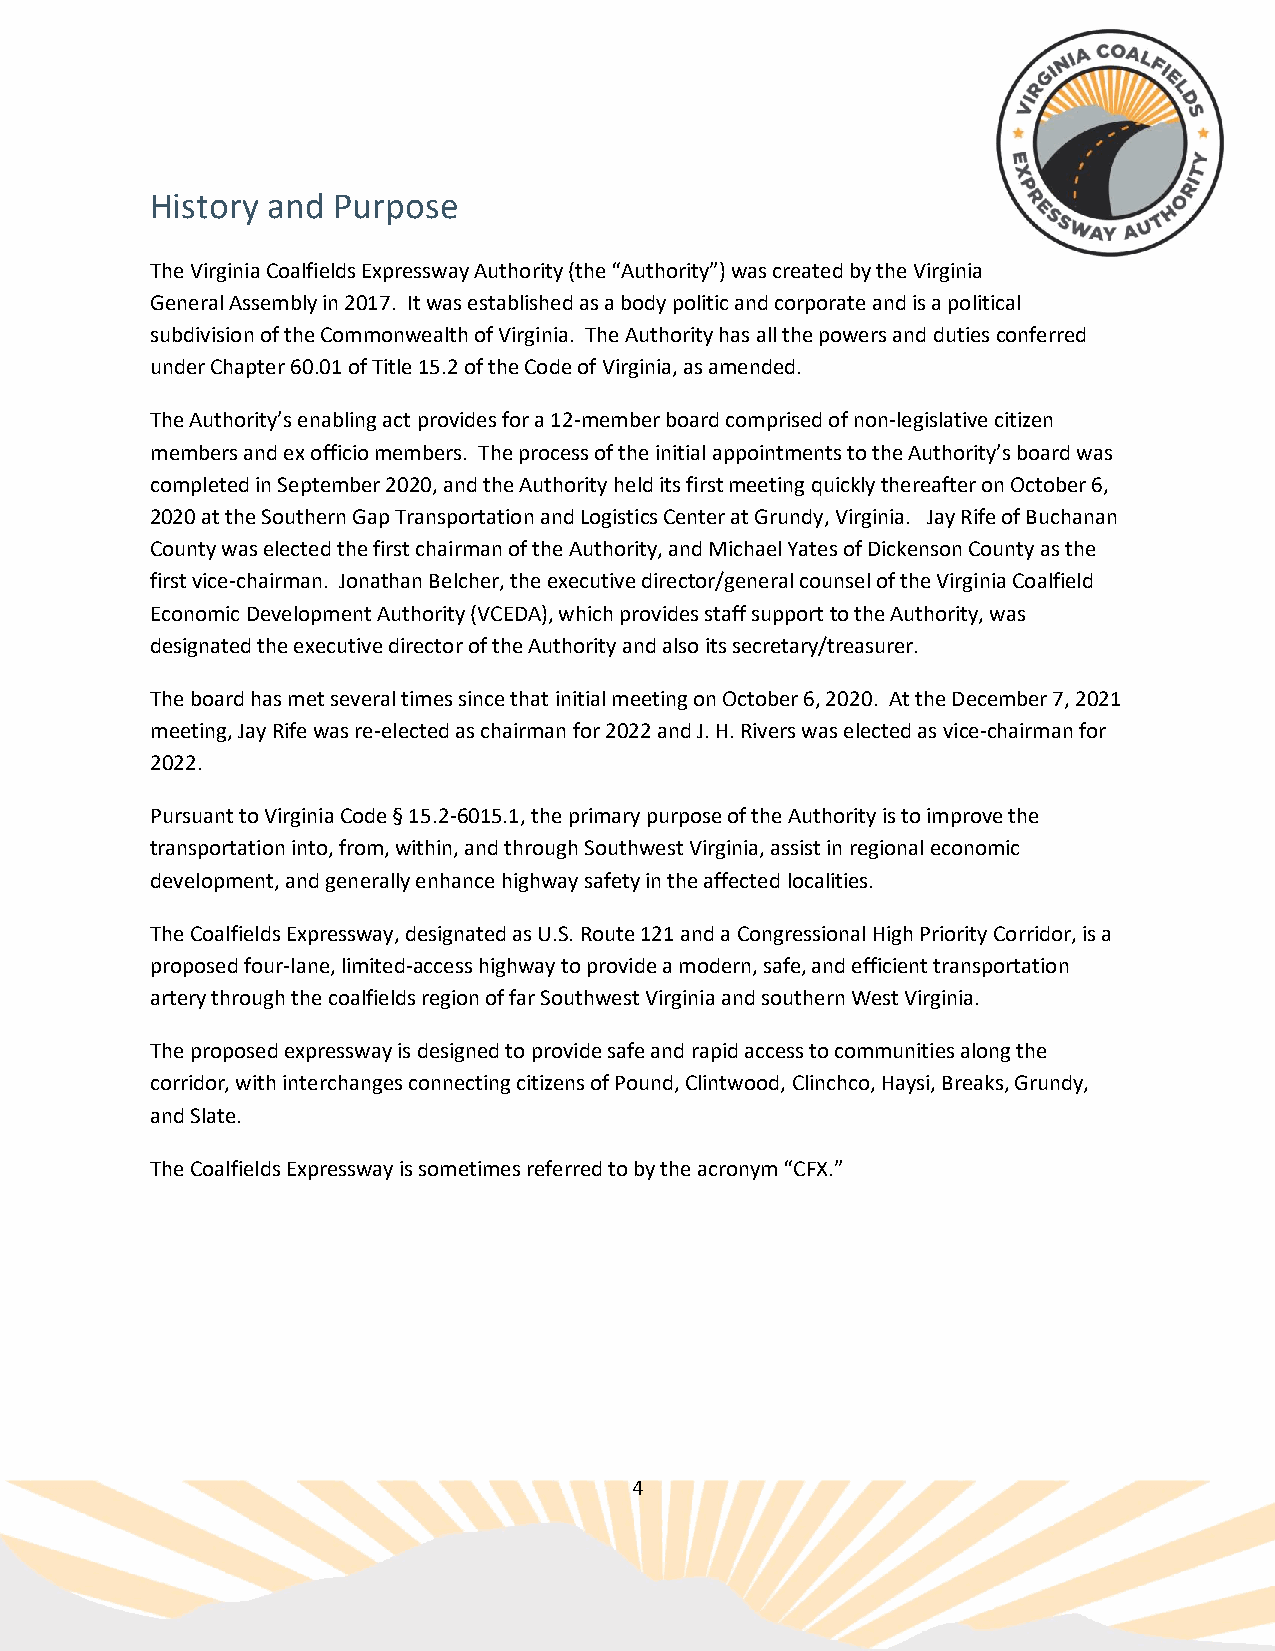
History and Purpose
 The Virginia Coalfields Expressway Authority (the “Authority”) was created by the Virginia
 General Assembly in 2017. It was established as a body politic and corporate and is a political
 subdivision of the Commonwealth of Virginia. The Authority has all the powers and duties conferred
 under Chapter 60.01 of Title 15.2 of the Code of Virginia, as amended.
 The Authority’s enabling act provides for a 12-member board comprised of non-legislative citizen
 members and ex officio members. The process of the initial appointments to the Authority’s board was
 completed in September 2020, and the Authority held its first meeting quickly thereafter on October 6,
 2020 at the Southern Gap Transportation and Logistics Center at Grundy, Virginia. Jay Rife of Buchanan
 County was elected the first chairman of the Authority, and Michael Yates of Dickenson County as the
 first vice-chairman. Jonathan Belcher, the executive director/general counsel of the Virginia Coalfield
 Economic Development Authority (VCEDA), which provides staff support to the Authority, was
 designated the executive director of the Authority and also its secretary/treasurer.
 The board has met several times since that initial meeting on October 6, 2020. At the December 7, 2021
 meeting, Jay Rife was re-elected as chairman for 2022 and J. H. Rivers was elected as vice-chairman for
 2022.
 Pursuant to Virginia Code § 15.2-6015.1, the primary purpose of the Authority is to improve the
 transportation into, from, within, and through Southwest Virginia, assist in regional economic
 development, and generally enhance highway safety in the affected localities.
 The Coalfields Expressway, designated as U.S. Route 121 and a Congressional High Priority Corridor, is a
 proposed four-lane, limited-access highway to provide a modern, safe, and efficient transportation
 artery through the coalfields region of far Southwest Virginia and southern West Virginia.
 The proposed expressway is designed to provide safe and rapid access to communities along the
 corridor, with interchanges connecting citizens of Pound, Clintwood, Clinchco, Haysi, Breaks, Grundy,
 and Slate.
 The Coalfields Expressway is sometimes referred to by the acronym “CFX.”
 4